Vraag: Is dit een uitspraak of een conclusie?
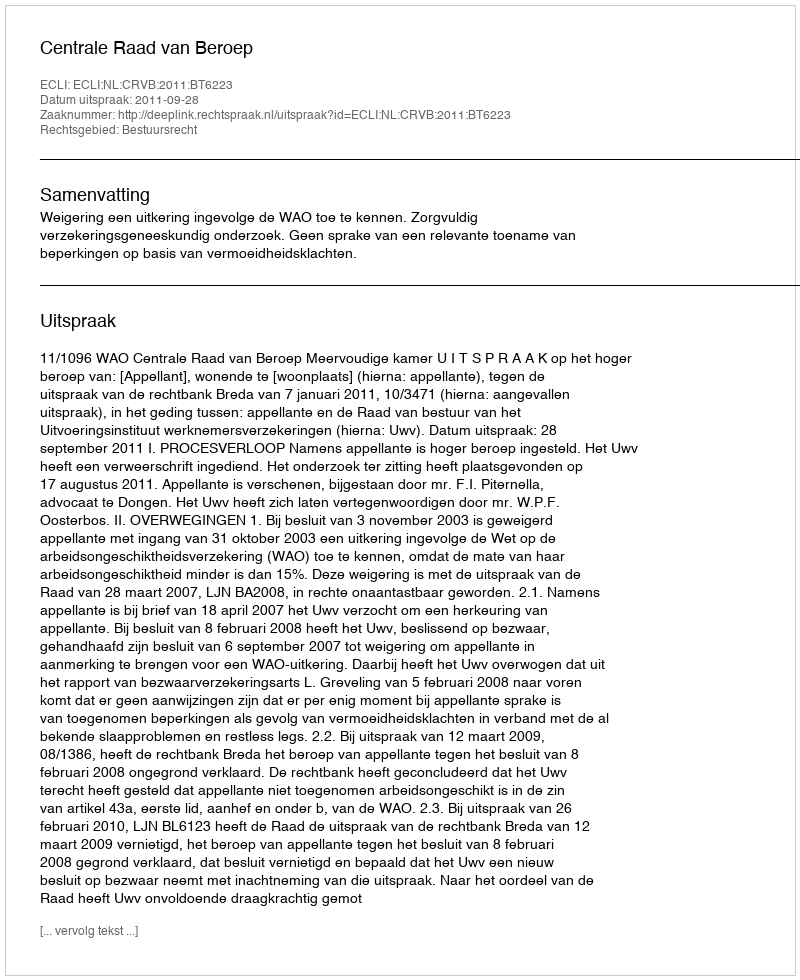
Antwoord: Uitspraak